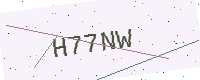
Text: H77NW